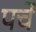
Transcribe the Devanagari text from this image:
पर्चें